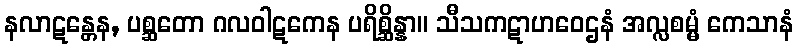
နလာဋန္တေန, ပစ္ဆတော ဂလဝါဋကေန ပရိစ္ဆိန္နာ။ သီသကဋာဟဝေဌနံ အလ္လစမ္မံ ကေသာနံ